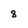
Character: 8